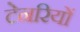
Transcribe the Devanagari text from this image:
टेनरियों